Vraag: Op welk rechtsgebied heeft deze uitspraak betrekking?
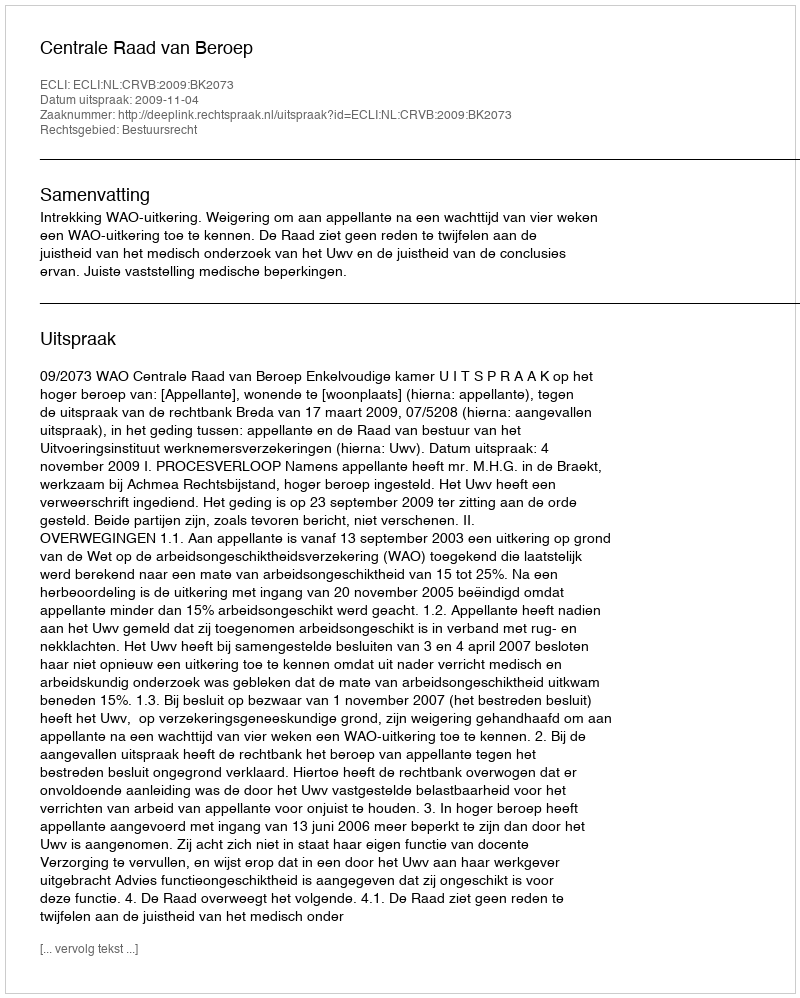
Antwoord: Bestuursrecht